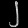
Digit: ၂